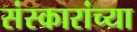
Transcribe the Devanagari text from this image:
संस्कारांच्या